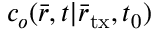
c _ { o } ( \bar { r } , t | { { \bar { r } } _ { \mathrm { t x } } } , { t _ { 0 } } )